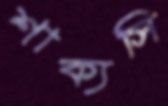
শাক্যসি